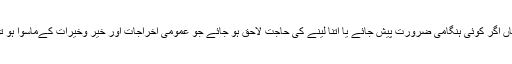
اگر وہ ایسا کرے گی تو اس پر اس کو ثواب بھی ملے گا، ہاں اگر کوئی ہنگامی ضرورت پیش جائے یا اتنا لینے کی حاجت لاحق ہو جائے جو عمومی اخراجات اور خیر وخیرات کےماسوا ہو تو پھر اس سلسلہ میں شوہر کی اجازت ضروری ہو جائیگی۔